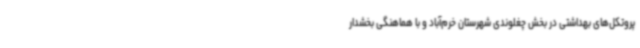
پروتکل‌های بهداشتی در بخش چغلوندی شهرستان خرم‌آباد و با هماهنگی بخشدار